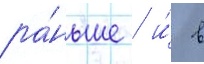
ра́ньше / и́ в